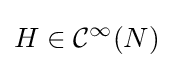
H\in {\mathcal {C}}^{\infty }(N)